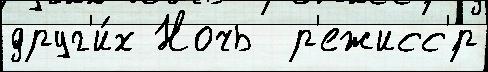
друг'и́х Ночь  р'ежисс'́р